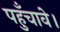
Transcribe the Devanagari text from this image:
पहुँचावे।